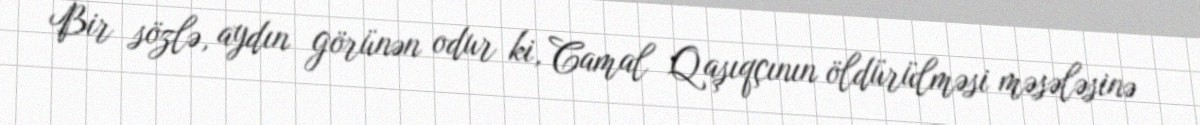
Bir sözlə, aydın görünən odur ki, Camal Qaşıqçının öldürülməsi məsələsinə